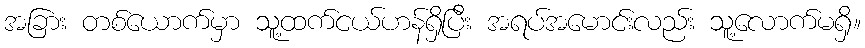
အခြား တစ်ယောက်မှာ သူ့ထက်ငယ်ဟန်ရှိပြီး အရပ်အမောင်းလည်း သူ့လောက်မရှိ။